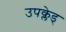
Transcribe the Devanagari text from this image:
उपक्लेड्